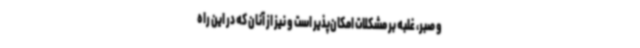
و صبر، غلبه بر مشکلات امکان‌پذیر است و نیز از آنان که در این راه